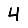
Digit: 4